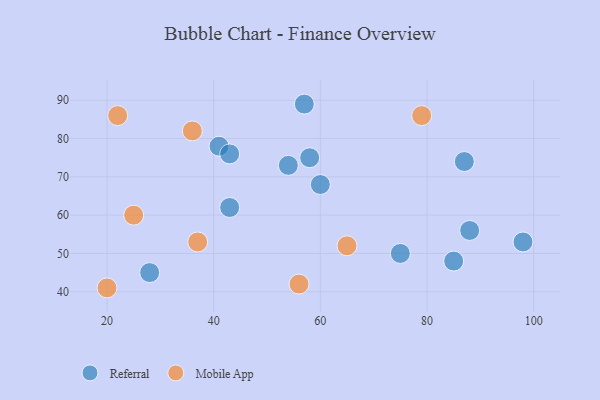
{"axis": {"x": "GDP", "y": "Life Expectancy"}, "legend": ["Mobile App", "Referral"], "data": [{"x": "60", "y": 68, "type": "Referral"}, {"x": "87", "y": 74, "type": "Referral"}, {"x": "98", "y": 53, "type": "Referral"}, {"x": "58", "y": 75, "type": "Referral"}, {"x": "57", "y": 89, "type": "Referral"}, {"x": "75", "y": 50, "type": "Referral"}, {"x": "41", "y": 78, "type": "Referral"}, {"x": "88", "y": 56, "type": "Referral"}, {"x": "43", "y": 62, "type": "Referral"}, {"x": "85", "y": 48, "type": "Referral"}, {"x": "28", "y": 45, "type": "Referral"}, {"x": "54", "y": 73, "type": "Referral"}, {"x": "43", "y": 76, "type": "Referral"}, {"x": "79", "y": 86, "type": "Mobile App"}, {"x": "56", "y": 42, "type": "Mobile App"}, {"x": "20", "y": 41, "type": "Mobile App"}, {"x": "36", "y": 82, "type": "Mobile App"}, {"x": "22", "y": 86, "type": "Mobile App"}, {"x": "25", "y": 60, "type": "Mobile App"}, {"x": "37", "y": 53, "type": "Mobile App"}, {"x": "65", "y": 52, "type": "Mobile App"}]}